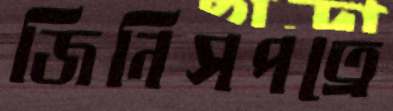
জিনিসপত্রে